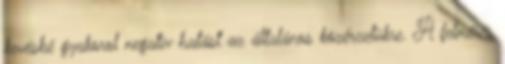
kevésbé gyakorol negatív hatást az általános közérzetükre. A felmérés